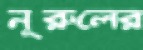
নূরুলের